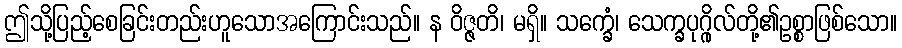
ဤသို့ပြည့်စေခြင်းတည်းဟူသောအကြောင်းသည်။ န ဝိဇ္ဇတိ၊ မရှိ။ သက္ခေံ၊ သေက္ခပုဂ္ဂိုလ်တို့၏ဥစ္စာဖြစ်သော။